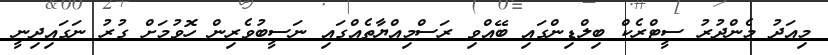
މިއަދު މެންދުރު ސީޓްރެކް ބިލްޑިންގައި ބޭއްވި ރަސްމިއްޔާތެއްގައި ނަސީބުވެރިން ހޮވުމަށް ގުރު ނަގައިދިނީ